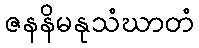
ဇနနိမနုသံဃာတံ